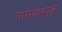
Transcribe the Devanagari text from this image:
गायकबाड़